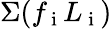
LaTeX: \Sigma(f_{\mathrm{~i~}}L_{\mathrm{~i~}})